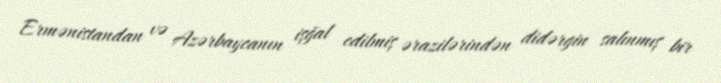
Ermənistandan və Azərbaycanın işğal edilmiş ərazilərindən didərgin salınmış bir